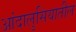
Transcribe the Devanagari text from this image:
आंदालुसियातील